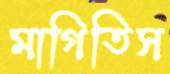
মাগিতিস